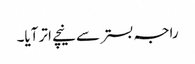
راجہ بستر سے نیچے اتر آیا۔